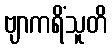
ဗျာကရိံသူတိ